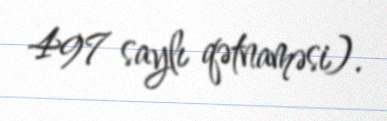
497 saylı qətnaməsi).